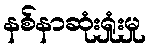
နစ်နာဆုံးရှုံးမှု